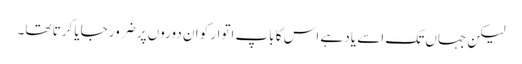
لیکن جہاں تک اسے یاد ہے اس کا باپ اتوار کو ان دوروں پر ضرور جایا کرتا تھا۔